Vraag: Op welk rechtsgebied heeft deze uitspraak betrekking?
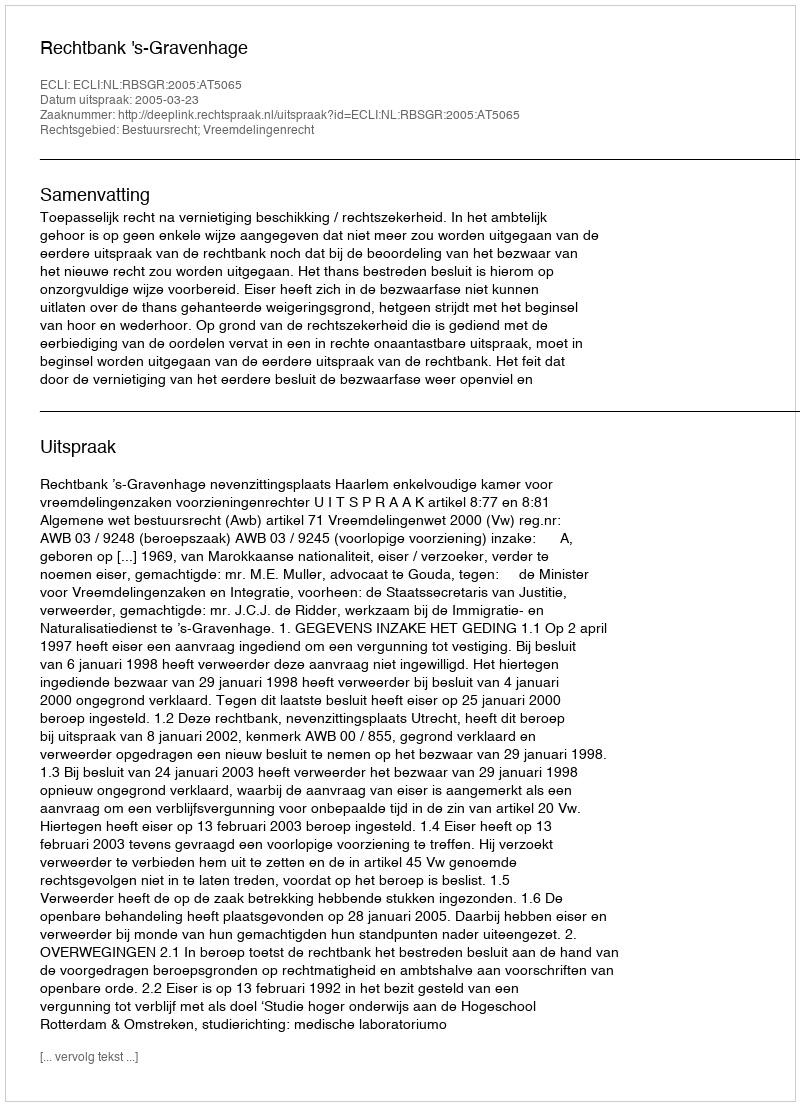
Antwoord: Bestuursrecht; Vreemdelingenrecht